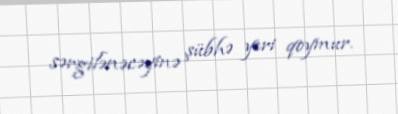
sərgilənəcəyinə şübhə yeri qoymur.